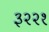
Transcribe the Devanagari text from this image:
३२२१